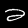
Digit: 2